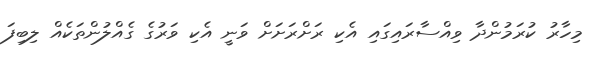
މިހާރު ކުރަމުންދާ ވިއްސާރައިގައި އެކި ރަށްރަށަށް ވަނީ އެކި ވަރުގެ ގެއްލުންތަކެއް ލިބިފަ